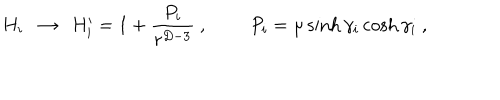
H _ { i } \ \ \to \ \ H _ { i } ^ { \prime } = 1 + { \frac { P _ { i } } { r ^ { D - 3 } } } \ , \ P _ { i } = \mu \sinh \gamma _ { i } \cosh \gamma _ { i } \ ,